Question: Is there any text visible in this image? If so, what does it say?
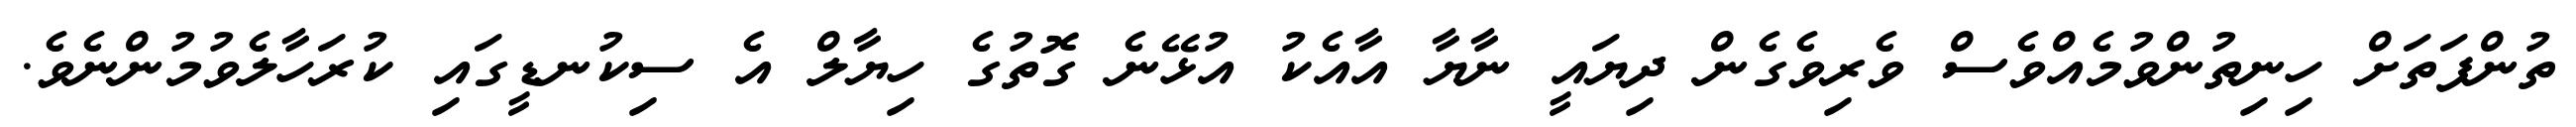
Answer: ތުންފަތަށް ހިނިތުންވުމެއްވެސް ވެރިވެގެން ދިޔައީ ނާޔާ އާއެކު އުޅޭނެ ގޮތުގެ ހިޔާލް އެ ސިކުނޑީގައި ކުރަހާލެވުމުންނެވެ.